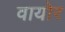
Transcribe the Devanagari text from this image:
वायोर